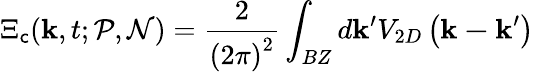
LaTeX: \Xi_{\mathsf{c}}(\mathbf{{k}},t;\mathcal{{P}},\mathcal{{N}})=\frac{{2}}{{\left(2\pi\right)^{2}}}\int_{BZ}d\mathbf{{k}}^{\prime}V_{2D}\left(\mathbf{{k-k}}^{\prime}\right)